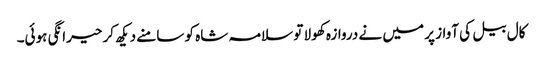
کال بیل کی آواز پر میں نے دروازہ کھولا تو سلامہ شاہ کو سامنے دیکھ کر حیرانگی ہوئی۔